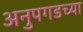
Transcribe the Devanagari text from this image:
अनुपगडच्या